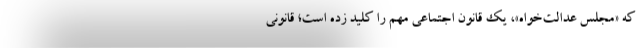
که «مجلسِ عدالت‌خواه»، یک قانون اجتماعی مهم را کلید زده است؛ قانونی